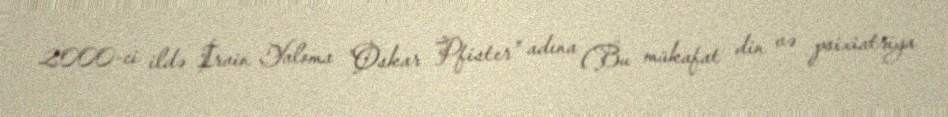
2000-ci ildə İrvin Yaloma "Oskar Pfister" adına (Bu mükafat din və psixiatriya